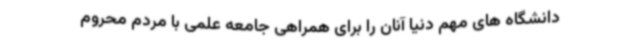
دانشگاه های مهم دنیا آنان را برای همراهی جامعه علمی با مردم محروم